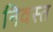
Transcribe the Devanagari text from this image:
निवस्त